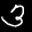
Label: 3